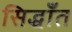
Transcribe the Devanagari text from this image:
सिद्धाँत